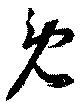
免